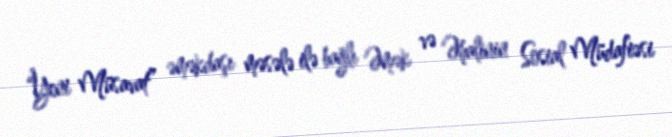
“Yeni Müsavat” əməkdaşı məsələ ilə bağlı Əmək və Əhalinin Sosial Müdafiəsi